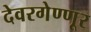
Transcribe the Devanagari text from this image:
देवरगेण्णूर